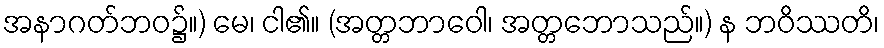
အနာဂတ်ဘဝ၌။) မေ၊ ငါ၏။ (အတ္တဘာဝေါ၊ အတ္တဘောသည်။) န ဘဝိဿတိ၊